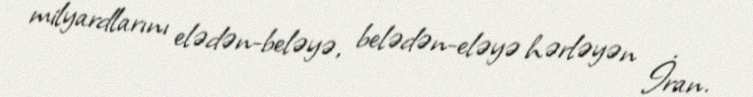
milyardlarını elədən-beləyə, belədən-eləyə hərləyən İran.